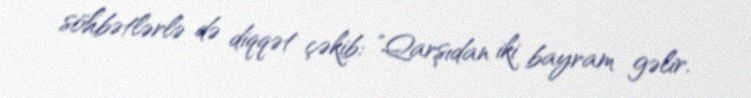
söhbətlərlə də diqqət çəkib: "Qarşıdan iki bayram gəlir.